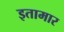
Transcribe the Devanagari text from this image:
इतामार